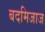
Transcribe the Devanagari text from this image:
बदमिजाज